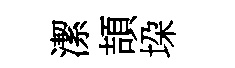
潔頡垜